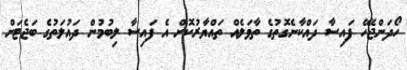
ހޯދަންޖެހޭ ފައިސާ ދައްކާނެގޮތުގެ ތާވަލެއް ތައްޔާރުކޮށް އެ ފައިސާ ލިބުމުން ދައުލަތުގެ ބަޖެޓަށް